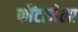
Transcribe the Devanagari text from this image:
फौंटानेला